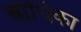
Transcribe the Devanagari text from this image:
बोधिका